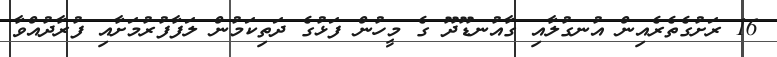
16 ރަށުގެތެރެއިން އުނގުލާއި ގާއުނޑޫދޫ ގެ މީހުން ފަޅުގެ ދަތިކަމުން ލަފާފުރުމަށާއި ފުރާދުއްވާ